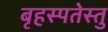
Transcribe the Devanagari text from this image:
बृहस्पतेस्तु